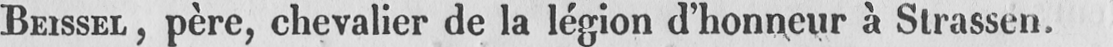
BEISSEL, père, chevalier de la légion d’honneur à Strassen.